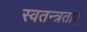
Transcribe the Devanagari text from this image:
स्वतन्त्रताएं